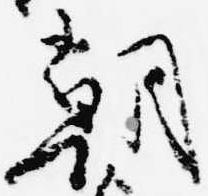
朝